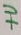
Text: +U